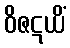
ဝိဇဋယိံ